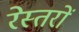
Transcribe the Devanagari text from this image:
रेस्तरों